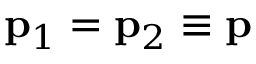
\mathbf { p } _ { 1 } = \mathbf { p } _ { 2 } \equiv \mathbf { p }